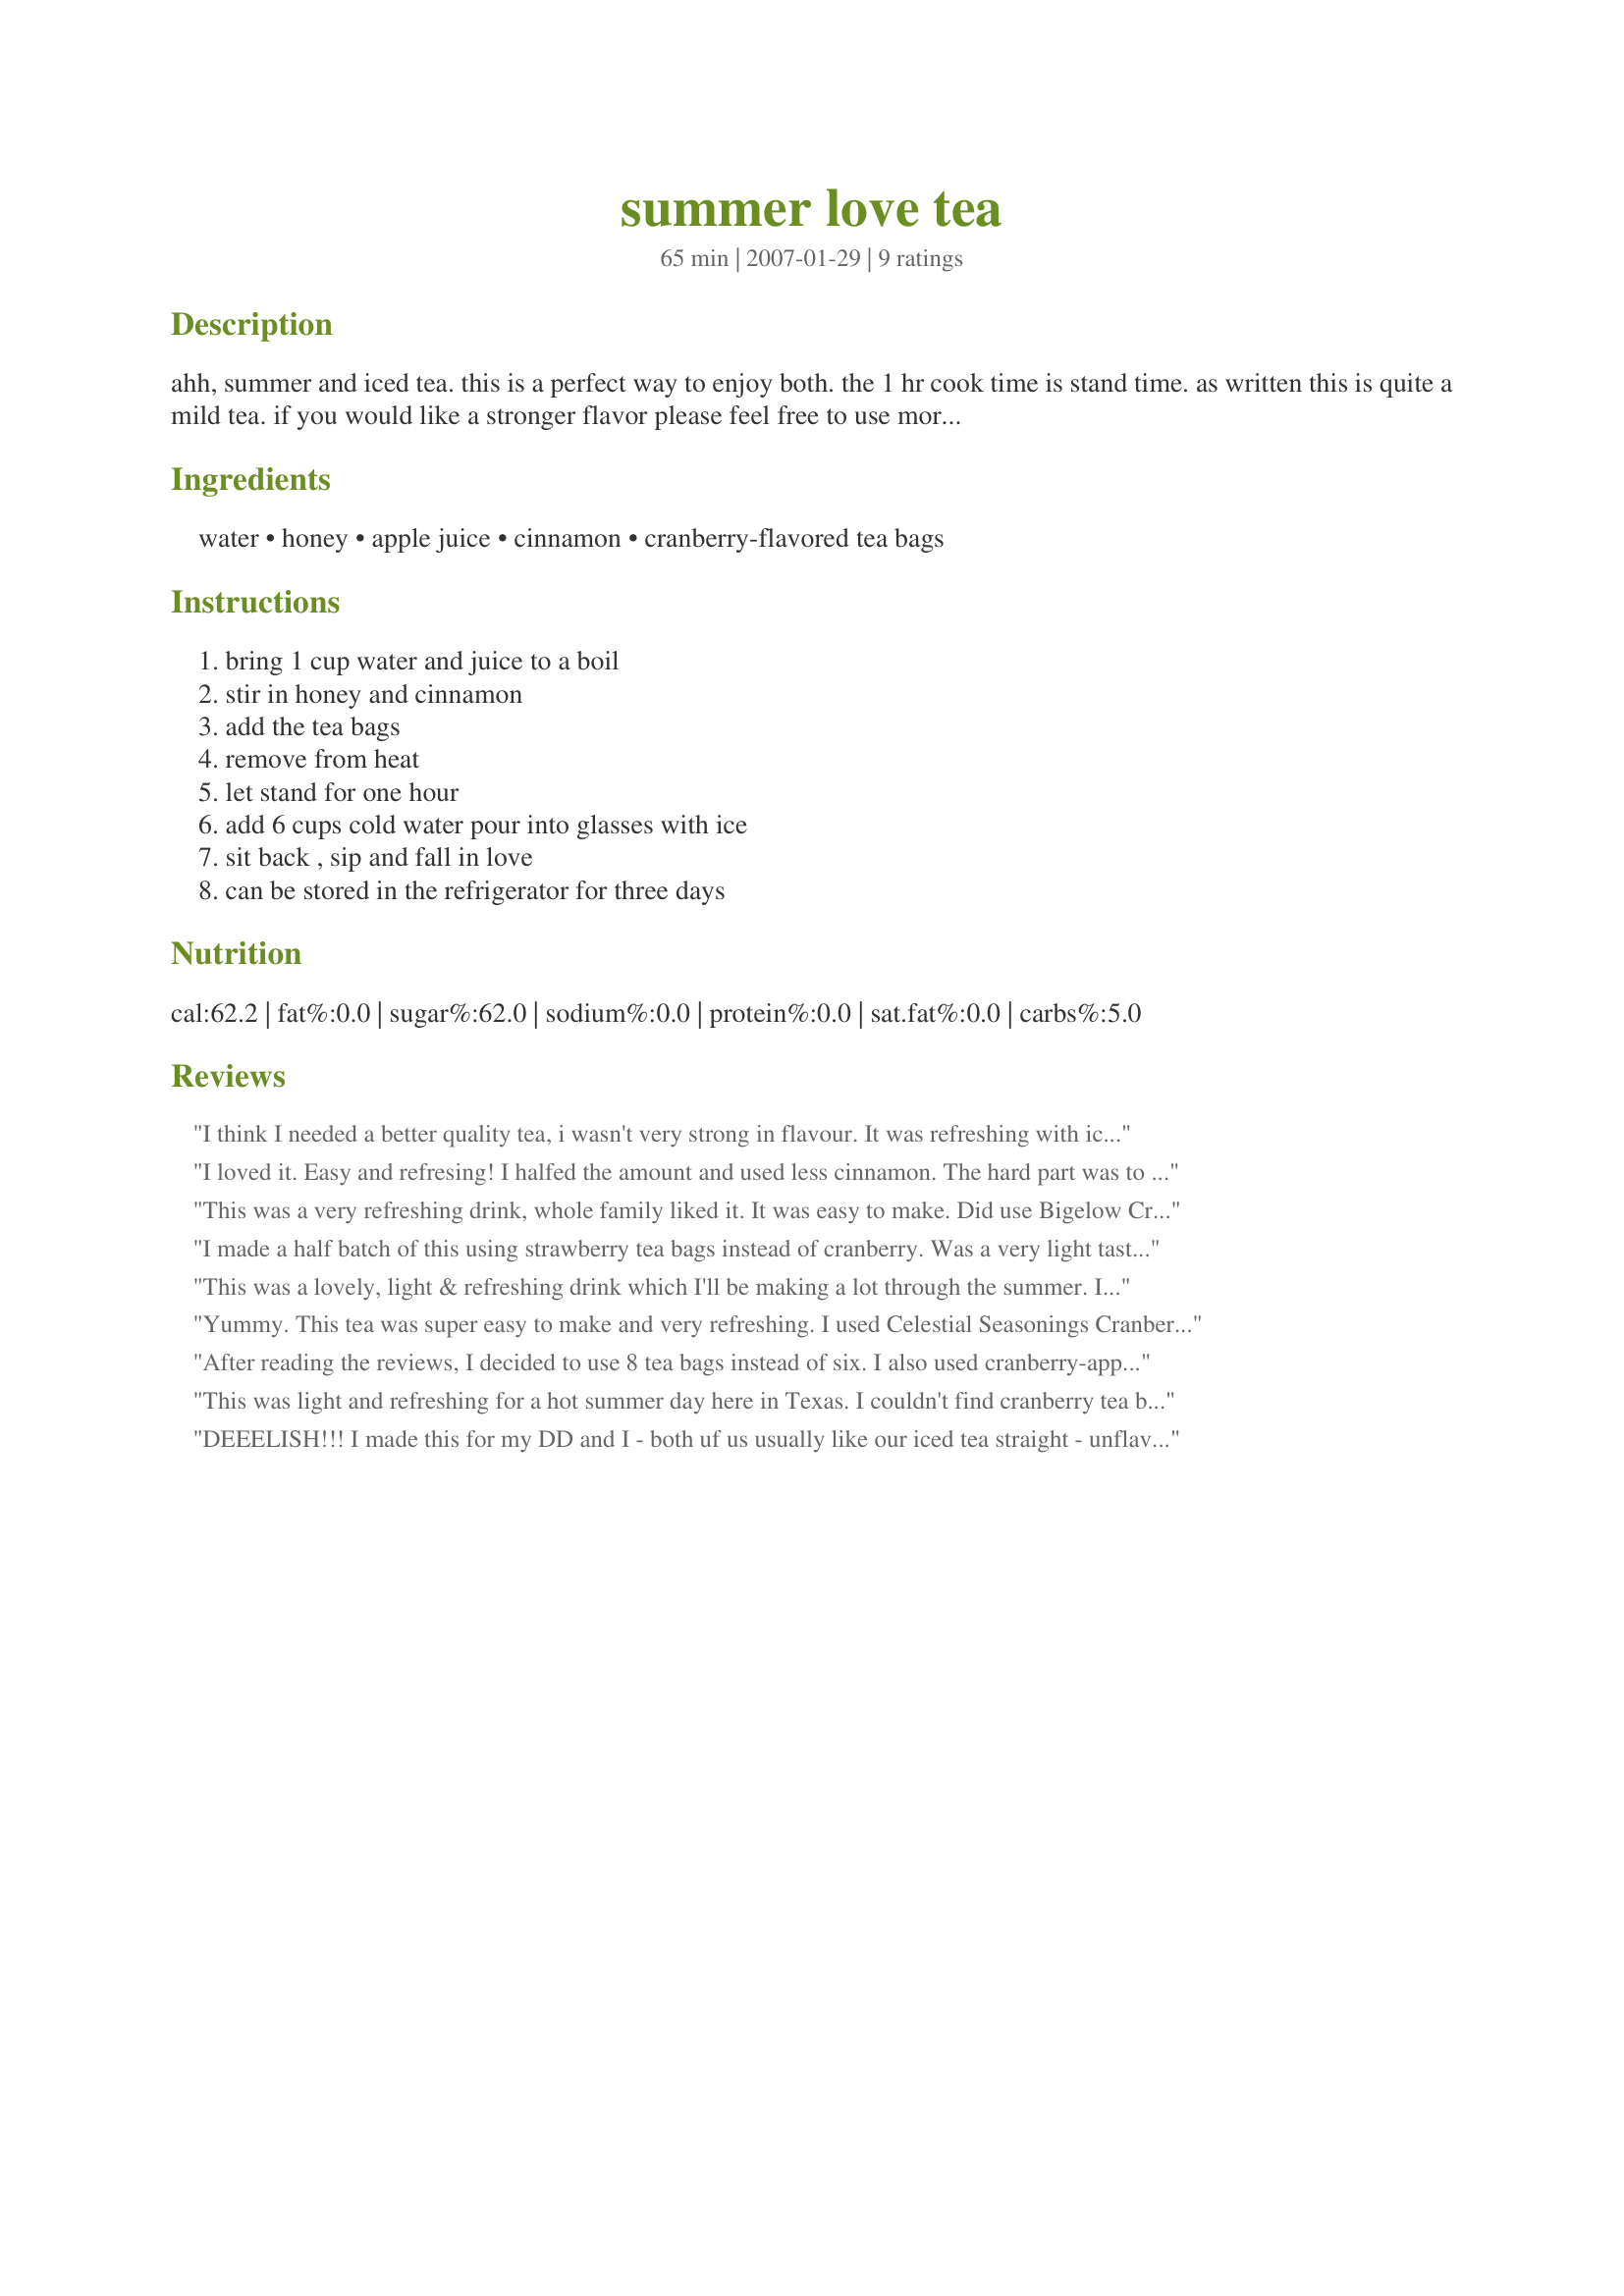
summer love tea
Preparation time: 65 minutes

ahh, summer and iced tea. this is a perfect way to enjoy both. the 1 hr cook time is stand time. as written this is quite a mild tea. if you would like a stronger flavor please feel free to use more tea bags.

Ingredients:
water, honey, apple juice, cinnamon, cranberry-flavored tea bags

Steps:
bring 1 cup water and juice to a boil, stir in honey and cinnamon, add the tea bags, remove from heat, let stand for one hour, add 6 cups cold water pour into glasses with ice, sit back , sip and fall in love, can be stored in the refrigerator for three days

Reviews:
I think I needed a better quality tea, i wasn't very strong in flavour. It was refreshing with ice and a slice of lemonI found it easy to make and will try it again.
I loved it. Easy and refresing! I halfed the amount and used less cinnamon. The hard part was to find a cranberry flavored tea but I finally managed to find in a big super market. So I now had 7 bags more to make this weekend when we are going to watch a football game on TV. Thanks Annacia. Made it for ZWT III.
This was a very refreshing drink, whole family liked it. It was easy to make. Did use Bigelow Cranberr-Apple Tea, couldn't find Celestial Cranberry Tea.
I made a half batch of this using strawberry tea bags instead of cranberry. Was a very light tasting ice tea with the the subtle aftertaste of honey & cinnamon. It was nice without being too overly sweet, thanks!
This was a lovely, light & refreshing drink which I'll be making a lot through the summer. I had to use Tetley tea bags so wasn't sure about the strength so I used one bag per cup of liquid in the entire recipe ( 8 bags). We found it a wee bit on the weak side so next time I think I'd add 2 more bags. Also, next time,if we're having company, I'll strain the liquid into the juice jug. It was a little foamy and I think there may have been sediment in the fresh apple juice I used. I made ice cubes with frozen cranberries in them and that was a fun visual touch.
Yummy. This tea was super easy to make and very refreshing. I used Celestial Seasonings Cranberry-Apple teabags (6) and the flavor was just right - the honey gave it just the perfect amount of sweetness. I usually like sweet tea, but this was the right balance of flavor and sweetness. Thanks for posting this recipe - I will be sure to use it again.
After reading the reviews, I decided to use 8 tea bags instead of six. I also used cranberry-apple tea. This was a quick and refreshing iced tea and I really enjoyed the addition of the cinnamon and honey.
This was light and refreshing for a hot summer day here in Texas. I couldn't find cranberry tea bags at Wal-mart so I used 8 cranberry-pomegranate green tea bags. Even with the extra 2 bags, I found the tea a bit on the weak side. Next time I will try it with 10. Thanks for sharing!
DEEELISH!!! I made this for my DD and I - both uf us usually like our iced tea straight - unflavored and unsweetened, but this is a great change for summer!! I used raspberry tea (I was out of cranberry, which I always have for hot tea) but it was really terrific. Nice cinnamon and honey flavor! Thanks Annacia!!
